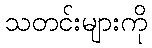
သတင်းများကို